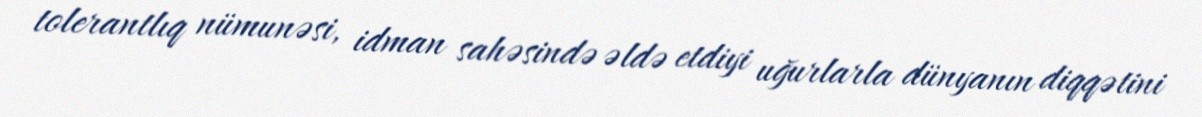
tolerantlıq nümunəsi, idman sahəsində əldə etdiyi uğurlarla dünyanın diqqətini